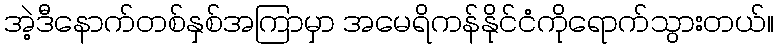
အဲ့ဒီနောက်တစ်နှစ်အကြာမှာ အမေရိကန်နိုင်ငံကိုရောက်သွားတယ်။